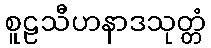
စူဠသီဟနာဒသုတ္တံ